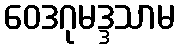
ဝေဒဂုမဒ္ဒသာမ